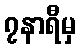
၇နာရီမှ